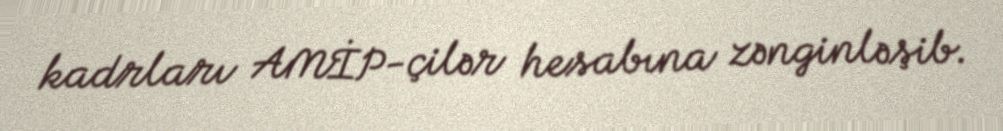
kadrları AMİP-çilər hesabına zənginləşib.